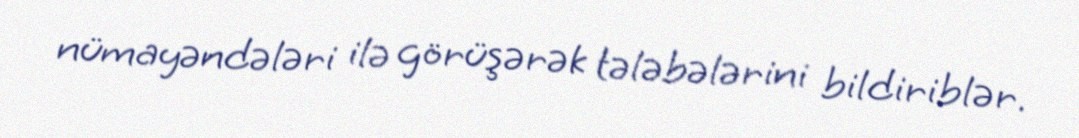
nümayəndələri ilə görüşərək tələbələrini bildiriblər.